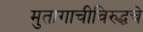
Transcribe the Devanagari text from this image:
मुतागाचीविरुद्धचे